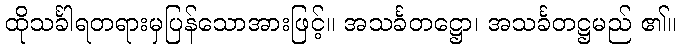
ထိုသင်္ခါရတရားမှပြန်သောအားဖြင့်။ အသင်္ခတဋ္ဌော၊ အသင်္ခတဋ္ဌမည် ၏။